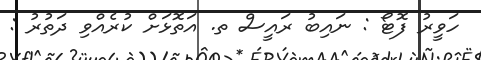
ހަވީރު ފޮޓޯ : ނައިބު ރައީސް ތ. އަތޮޅަށް ކުރެއްވި ދަތުރު :